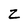
Character: Z